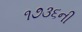
૧૭૩૬ની